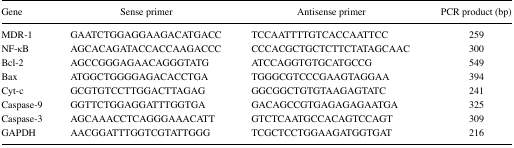
<table><thead><tr><td><b>Gene</b></td><td><b>Sense primer</b></td><td><b>Antisense primer</b></td><td><b>PCR product (bp)</b></td></tr></thead><tbody><tr><td>MDR-1</td><td>GAATCTGGAGGAAGACATGACC</td><td>TCCAATTTTGTCACCAATTCC</td><td>259</td></tr><tr><td>NF-κB</td><td>AGCACAGATACCACCAAGACCC</td><td>CCCACGCTGCTCTTCTATAGCAAC</td><td>300</td></tr><tr><td>Bcl-2</td><td>AGCCGGGAGAACAGGGTATG</td><td>ATCCAGGTGTGCATGCCG</td><td>549</td></tr><tr><td>Bax</td><td>ATGGCTGGGGAGACACCTGA</td><td>TGGGCGTCCCGAAGTAGGAA</td><td>394</td></tr><tr><td>Cyt-c</td><td>GCGTGTCCTTGGACTTAGAG</td><td>GGCGGCTGTGTAAGAGTATC</td><td>241</td></tr><tr><td>Caspase-9</td><td>GGTTCTGGAGGATTTGGTGA</td><td>GACAGCCGTGAGAGAGAATGA</td><td>325</td></tr><tr><td>Caspase-3</td><td>AGCAAACCTCAGGGAAACATT</td><td>GTCTCAATGCCACAGTCCAGT</td><td>309</td></tr><tr><td>GAPDH</td><td>AACGGATTTGGTCGTATTGGG</td><td>TCGCTCCTGGAAGATGGTGAT</td><td>216</td></tr></tbody></table>